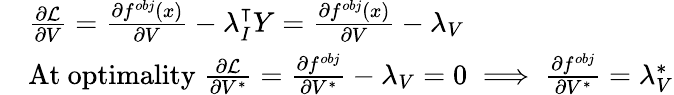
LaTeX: \begin{array}{rl}&{\frac{\partial\mathcal{L}}{\partial V}=\frac{\partial f^{obj}(x)}{\partial V}-\lambda_{I}^{\intercal}Y=\frac{\partial f^{obj}(x)}{\partial V}-\lambda_{V}}\\ &{\mathrm{At~optimality}\; \frac{\partial\mathcal{L}}{\partial V^{*}}=\frac{\partial f^{obj}}{\partial V^{*}}-\lambda_{V}=0\implies\frac{\partial f^{obj}}{\partial V^{*}}=\lambda_{V}^{*}}\end{array}